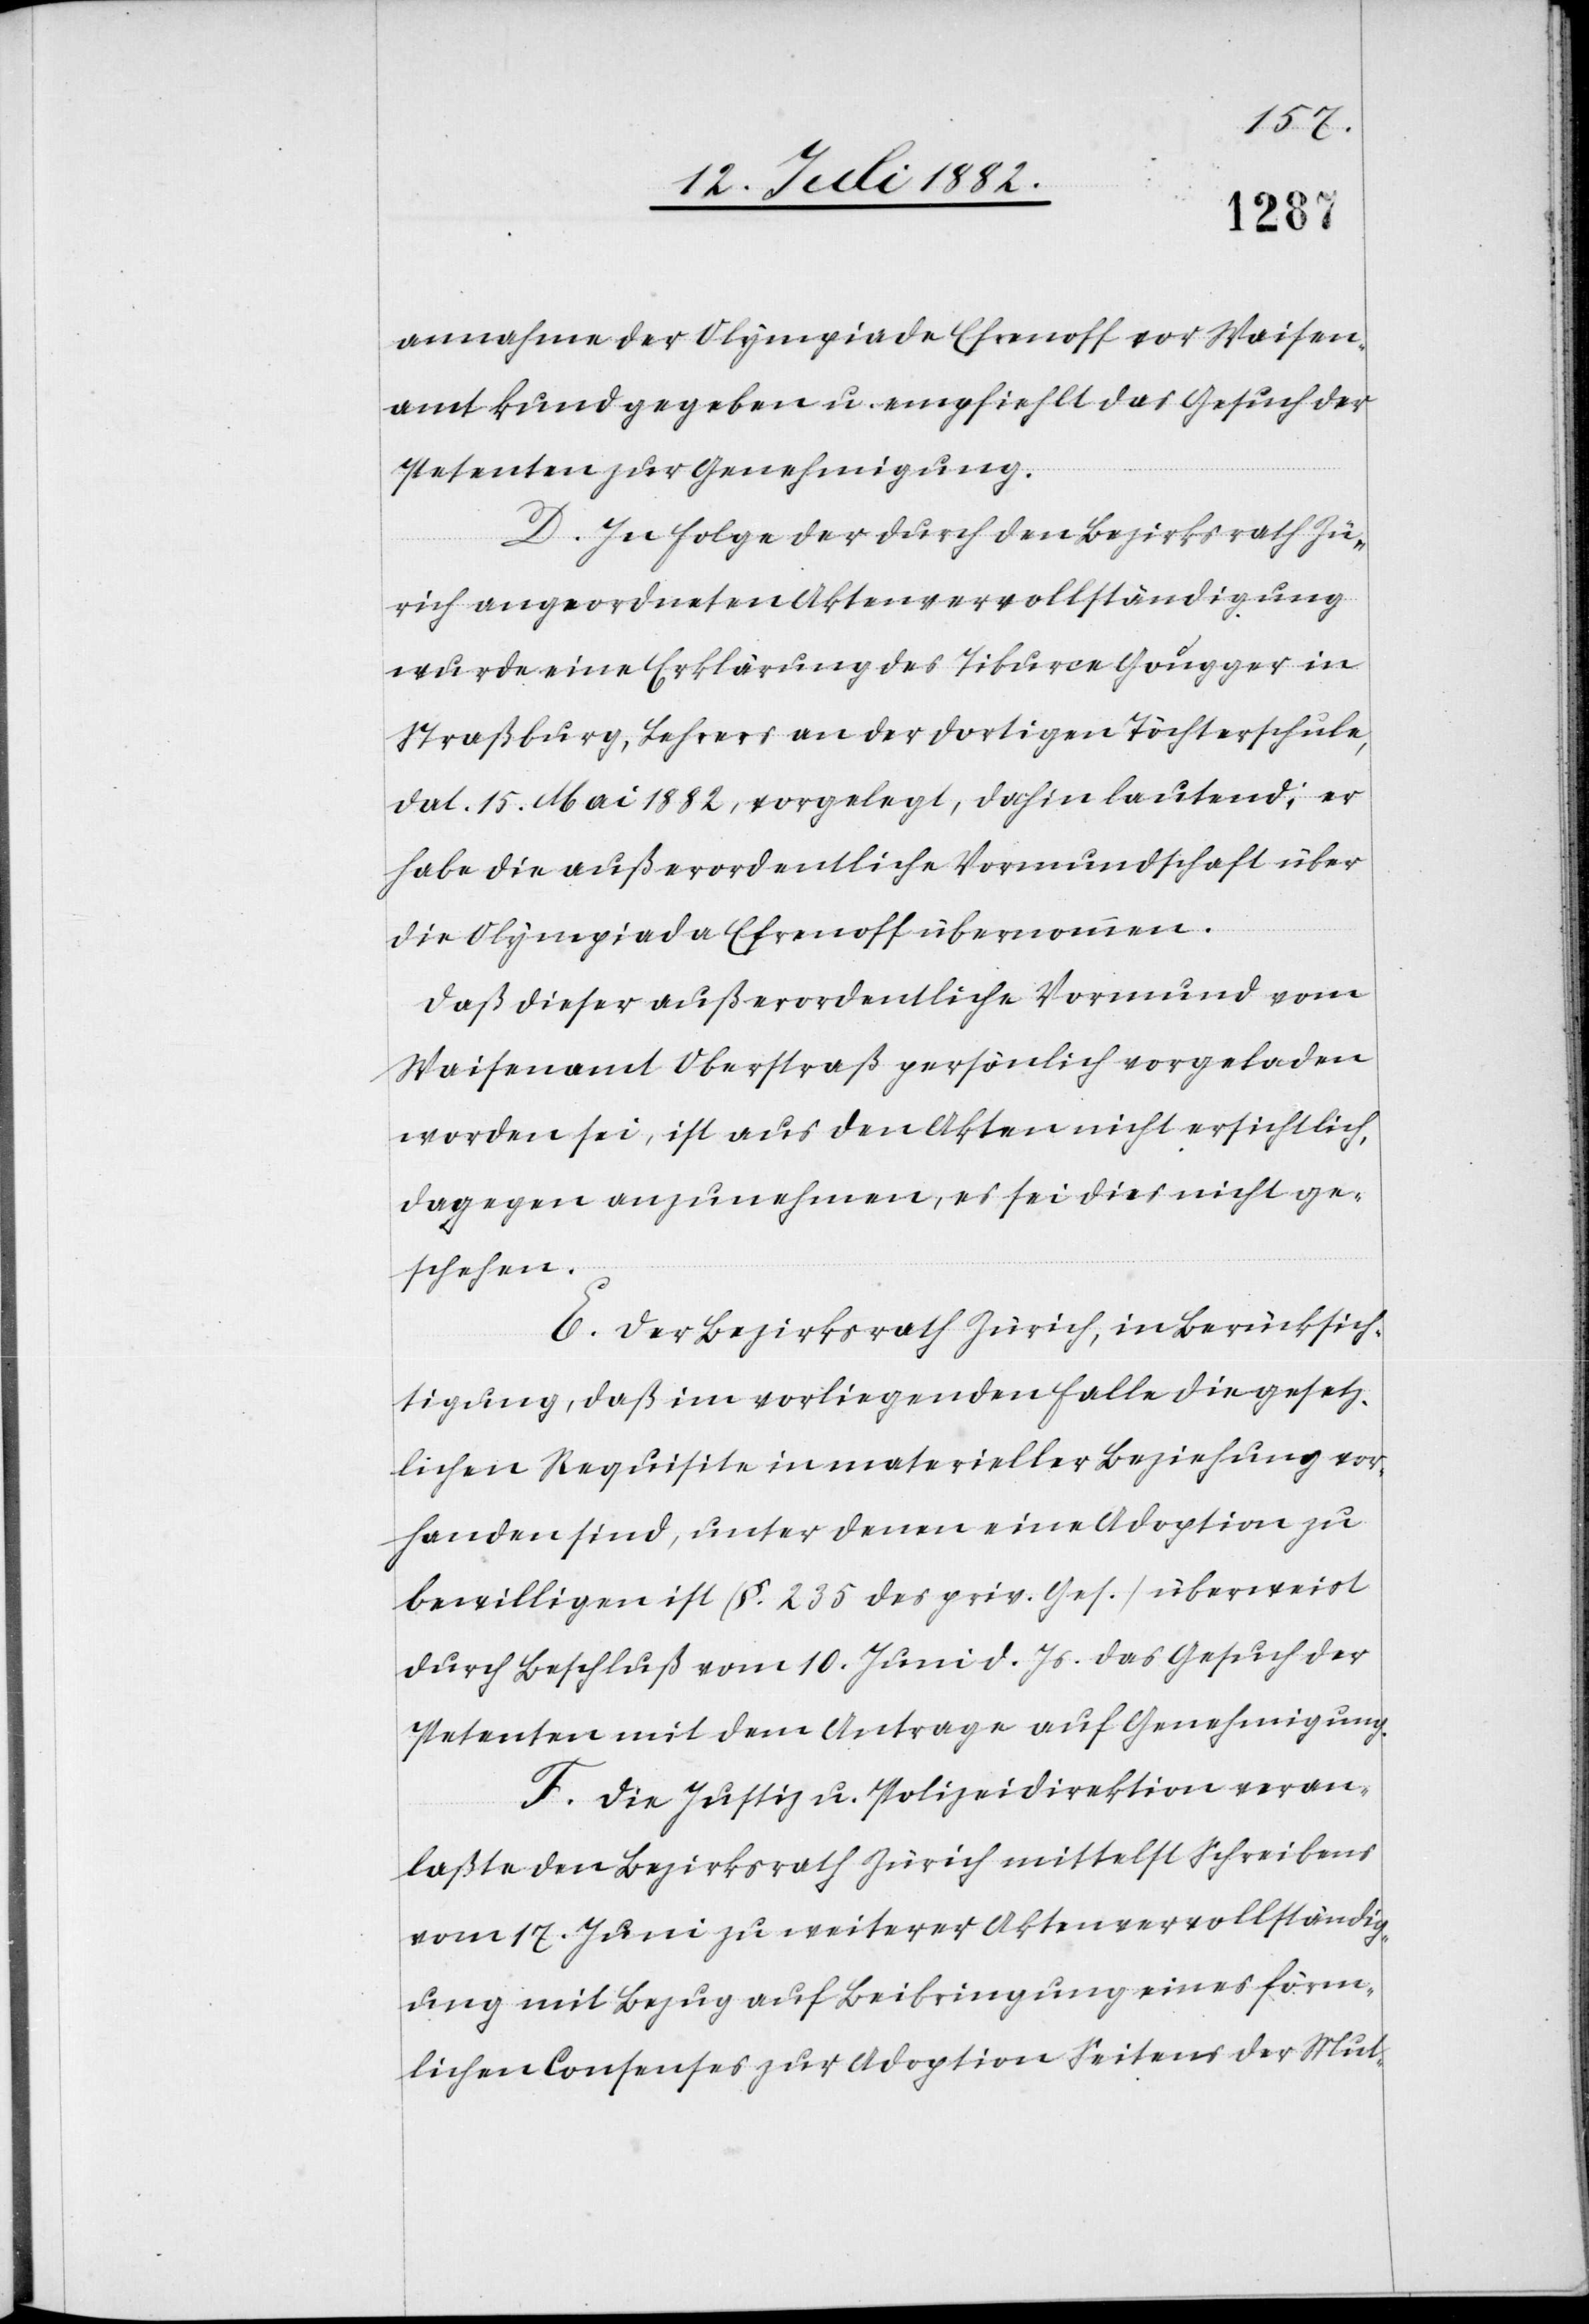
annahme der Olympiade Efrenoff vor Waisen¬
amt kund gegeben u. empfiehlt das Gesuch der
Petenten zur Genehmigung.
D. In Folge der durch den Bezirksrath Zü¬
rich angeordneten Aktenvervollständigung
wurde eine Erklärung des Tiburce Gougger in
Straßburg, Lehrers an der dortigen Töchterschule,
dat. 15. Mai 1882, vorgelegt, dahin lautend: er
habe die außerordentliche Vormundschaft über
die Olympiade Efrenoff übernommen.
Daß dieser außerordentliche Vormund vom
Waisenamt Oberstraß persönlich vorgeladen
worden sei, ist aus den Akten nicht ersichtlich,
dagegen anzunehmen, es sei dies nicht ge¬
schehen.
E. Der Bezirksrath Zürich, in Berücksich¬
tigung, daß im vorliegenden Falle die gesetz¬
lichen Requisite in materieller Beziehung vor¬
handen sind, unter denen eine Adoption zu
bewilligen ist (§. 235 des priv. Ges.) überweist
durch Beschluß vom 10. Juni d. Js. das Gesuch der
Petenten mit dem Antrage auf Genehmigung.
F. Die Justiz- & Polizeidirektion veran¬
laßte den Bezirksrath Zürich mittelst Schreibens
vom 17. Juni zu weiterer Aktenvervollständig¬
ung mit Bezug auf Beibringung eines förm¬
lichen Consensus zur Adoption Seitens der Mut-